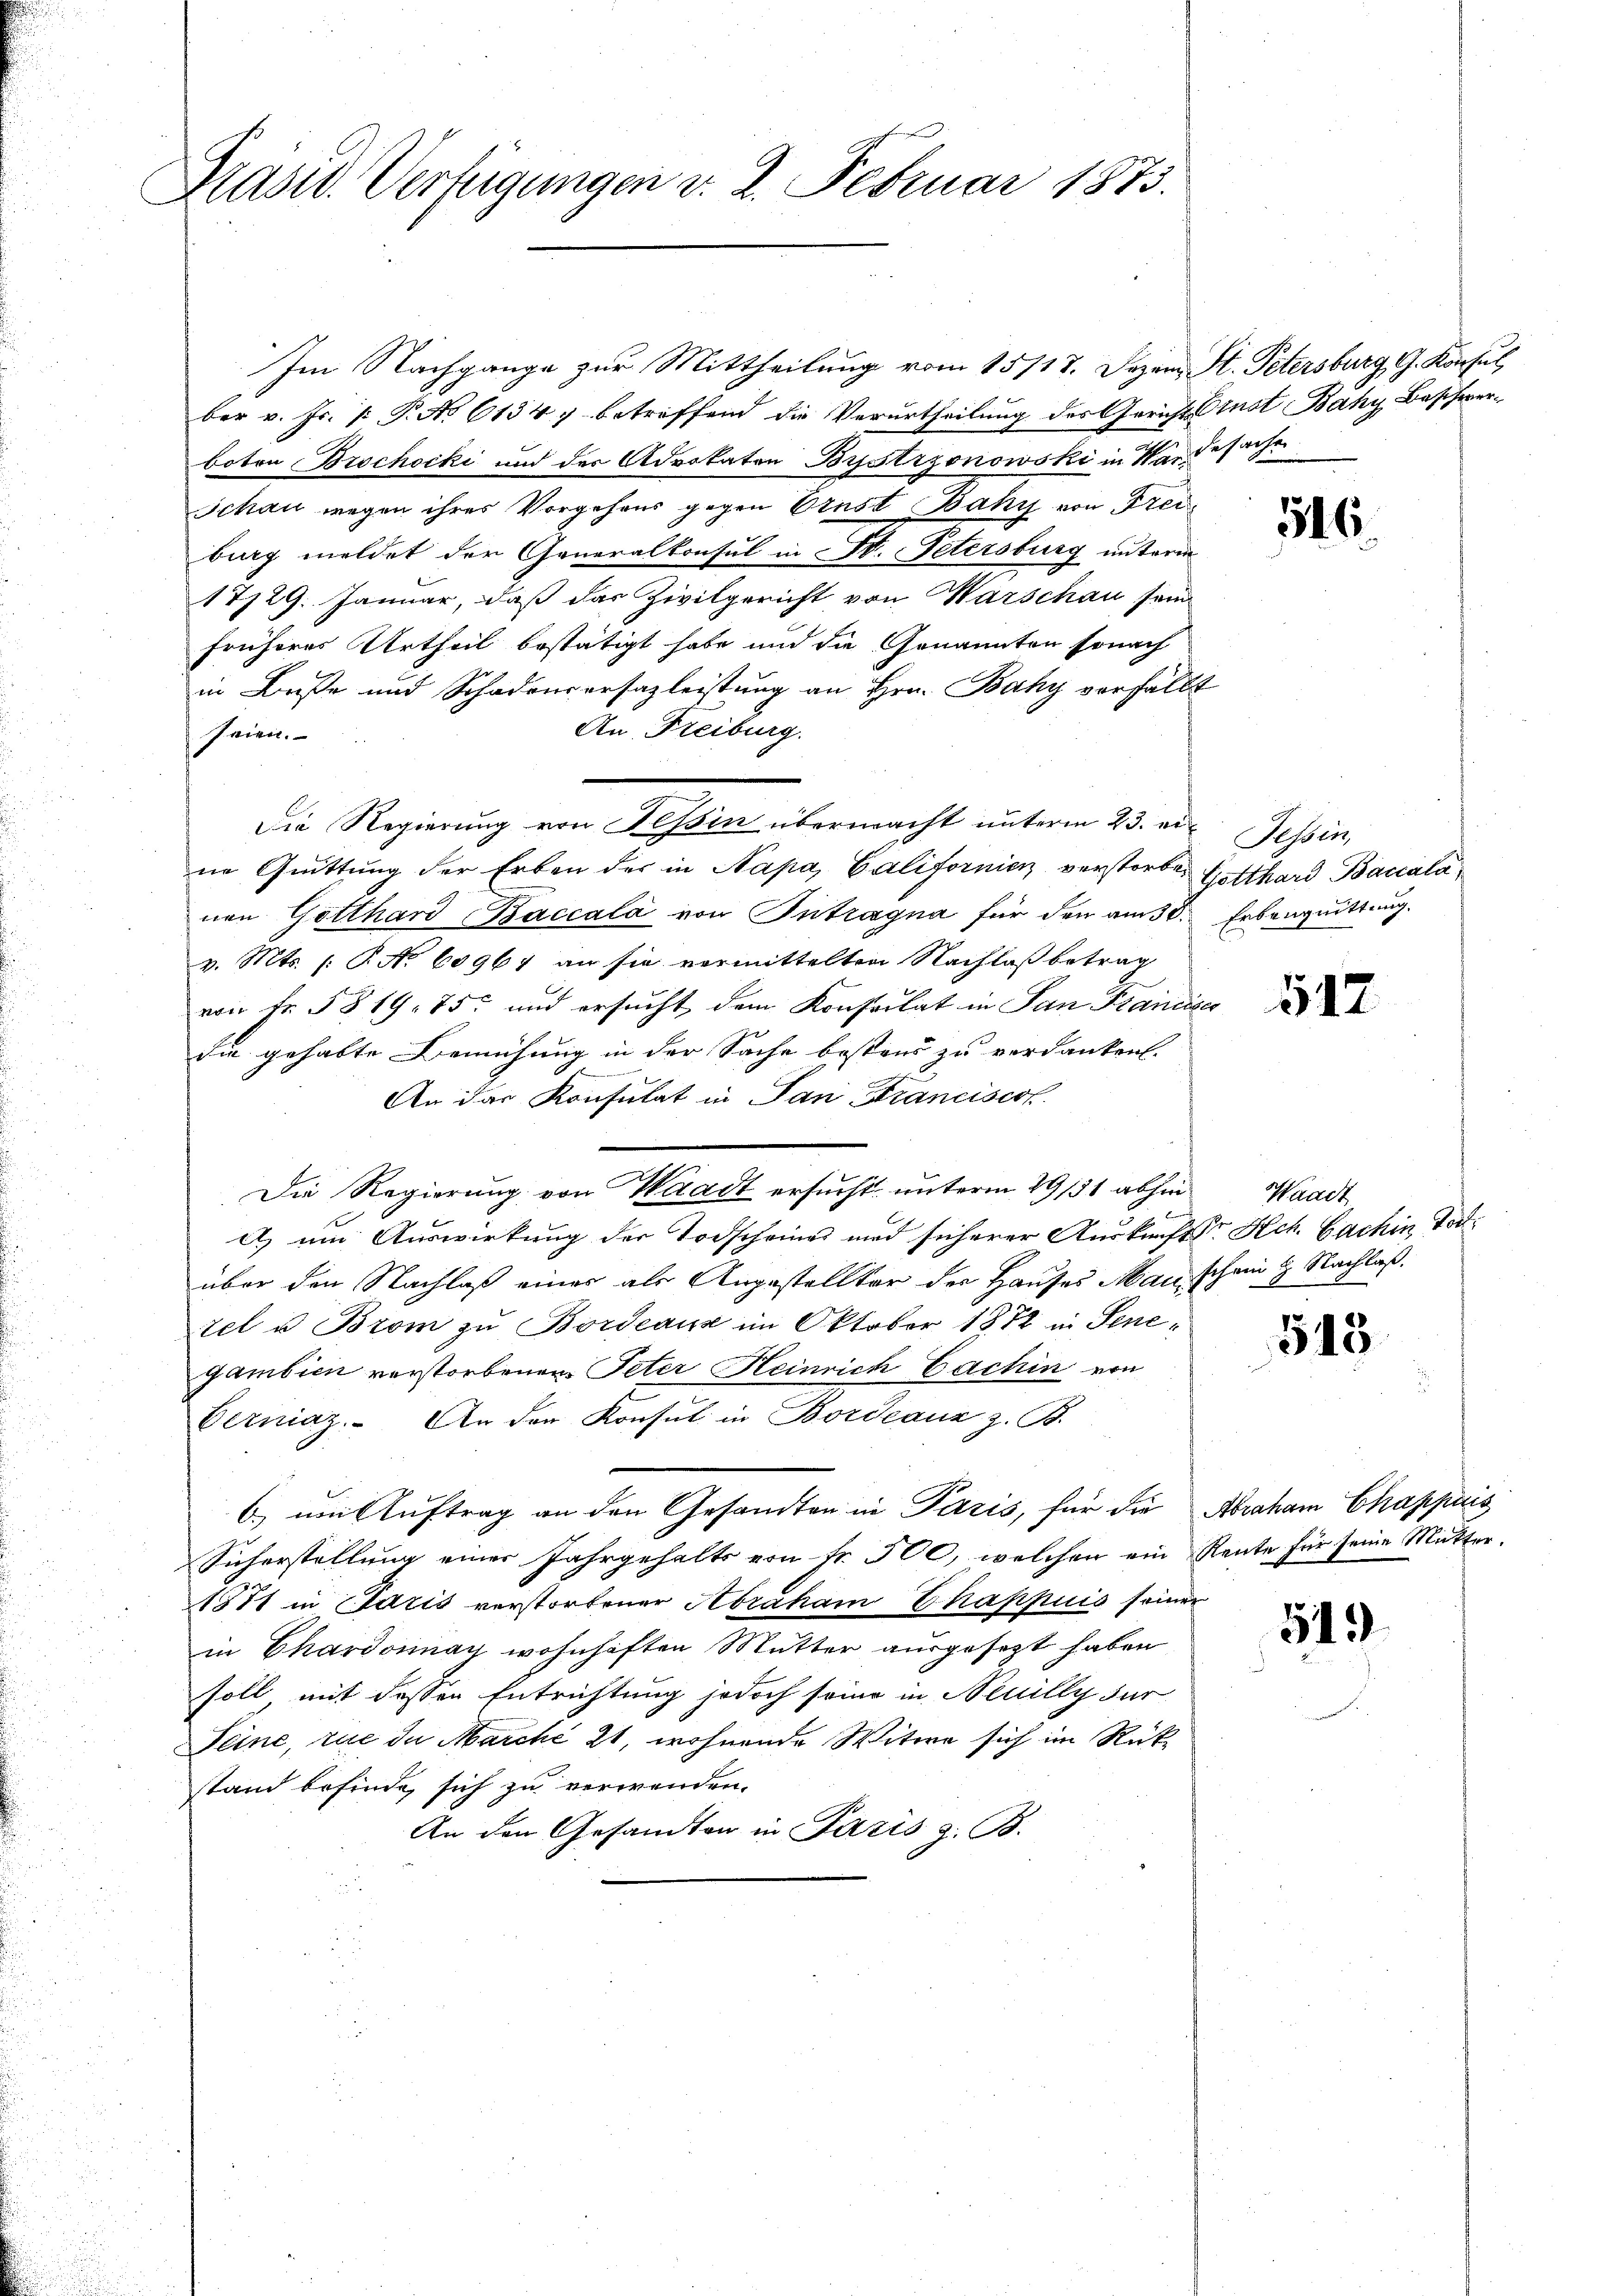
Brasid. Verfügungen v. 2. Februar 1873.

Im Nachgange zur Mittheilung vom 15/17. Jezen St. Petersburg, G. Konsul
ber v. Js. [ P. No 61347 betreffend die Verurtheilung des Gericht Arnst Bahy Beschwerboton Brochocki und der Advokaten Bystrzonowski in Handesache
Schan wegen ihres Vorgehens gegen Ernst Baky von Freiburg meldet der Generalkonsul in St. Petersburg unterm
17729. Januar, daß das Zivilgericht von Warschau sein
früheres Urtheil bestätigt habe und die Genannten sonach
in Buße und Schadensersazleistung an Hrn. Baky verfällt
An Freiburg.
seien.
ne Quittung der Erben der in Napa, Californien verstorben Gotthard Baccalanen Gotthard-Baccala von Intragna für den am 30. Erbenquittung.
v. Mts. s. R. No 60961 an sie vermittelten Nachlaß betrag
von Fr. § 819. 75 und ersucht, dem Konsulat in San Francie
die gehabte Bemühung in der Sache bestens zu verdanken.
23
n
An das Konsulat in San Francisco
Die Regierung von Waadt ersucht unterm 29/31 abhina) um Auswirkung der Todscheines und sicherer Auskunft Sr Hch. Bachin Todüber den Nachlaß einer als Angestellter der Hauses Man schein 2 Nachlaß
tel u. Brom zu Bordeaux im Oktober 1882 in Senegambien verstorbenen Peter Heinrich Cachin von
Verniaz. An der Konsul in Bordeauz z. B.
6 um Auftrag an den Gesandten in Paris, für die Abraham Chappuis
Sicherstellung einer Jahrgehalts von Fr. 500, welchen ein Rente für seine Mutter.
1871 in Paris verstorbener Abraham Chappuis seiner
in Chardonnay wohnhaften Mutter ausgesetzt haben
soll mit dessen Entrichtung jedoch seine in Neuilly fur
Seine, rue da Marché 21, wohnende Witwe sich im Rüt
stand befinde, sich zu verwenden.
An den Gesandten in Paris z. B.

Die Regierŭng von Tessin übermacht ŭnterm 23. er Tessin,

516.

517

Waadt

543.

519